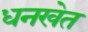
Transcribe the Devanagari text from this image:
धनखेत